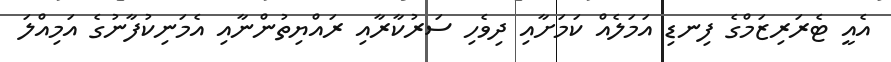
އެއީ ޓެރަރިޒަމްގެ ފިނޑި އަމަލެއް ކަމަށާއި ދިވެހި ސަރުކާރާއި ރައްޔިތުންނާއި އެމަނިކުފާނުގެ އަމިއްލަ